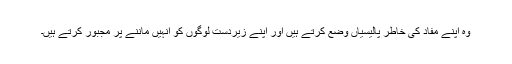
وہ اپنے مفاد کی خاطر پالیسیاں وضع کرتے ہیں اور اپنے زیردست لوگوں کو انہیں ماننے پر مجبور کرتے ہیں۔